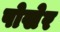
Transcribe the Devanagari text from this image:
पोखेर